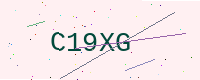
Text: C19XG